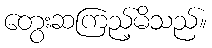
တွေးဆကြည့်မိသည်။